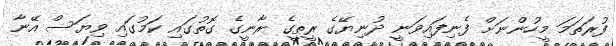
ފުރަތަމަ މީހުންނަށް ފެނިފައިވަނީ ދުނިޔޭގެ ރީތީގެ ރާނީގެ ގޮތުގައި ކަމުގައި ވިޔަސް އޭނާ